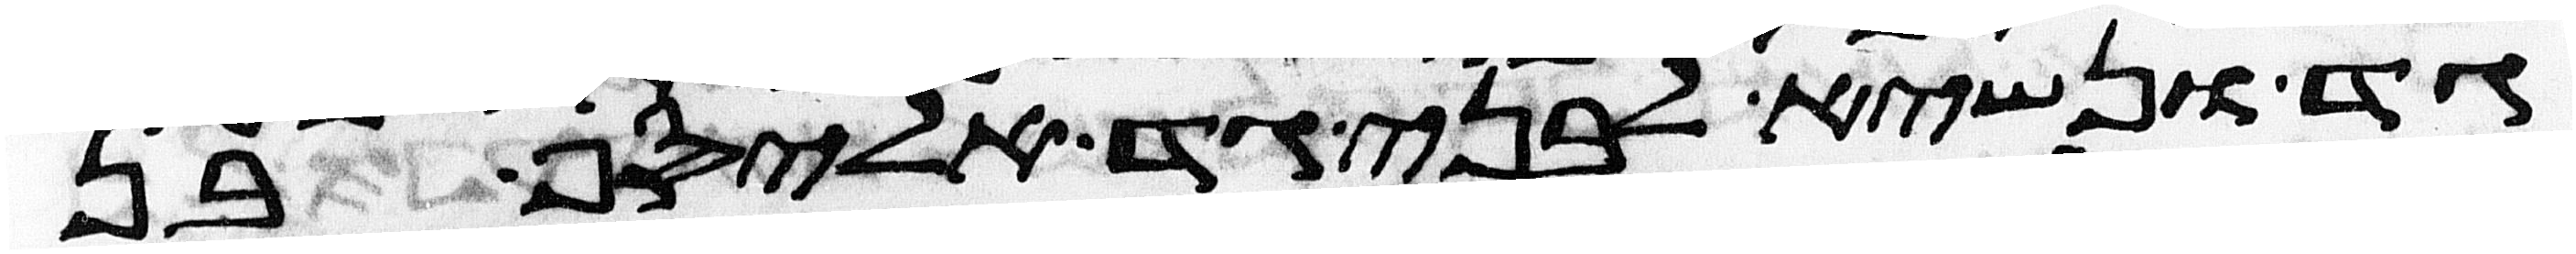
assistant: גד ונשיא לבני גד אליסף בן